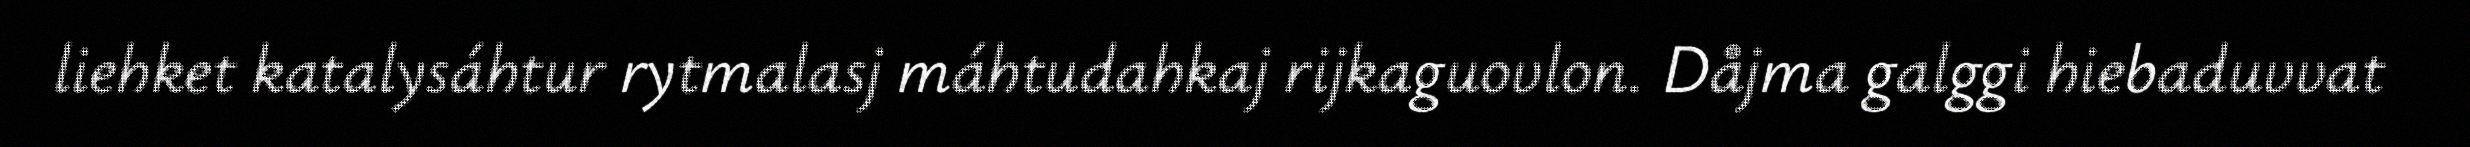
liehket katalysáhtur rytmalasj máhtudahkaj rijkaguovlon. Dåjma galggi hiebaduvvat